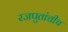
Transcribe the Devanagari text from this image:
रजपुतांचीच